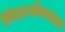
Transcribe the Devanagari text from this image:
निहारऑनलाइन